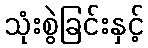
သုံးစွဲခြင်းနှင့်